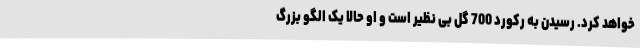
خواهد کرد. رسیدن به رکورد 700 گل بی نظیر است و او حالا یک الگو بزرگ